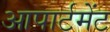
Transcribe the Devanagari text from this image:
आपार्टमेंट